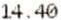
14.40